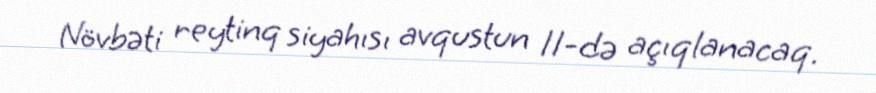
Növbəti reytinq siyahısı avqustun 11-də açıqlanacaq.